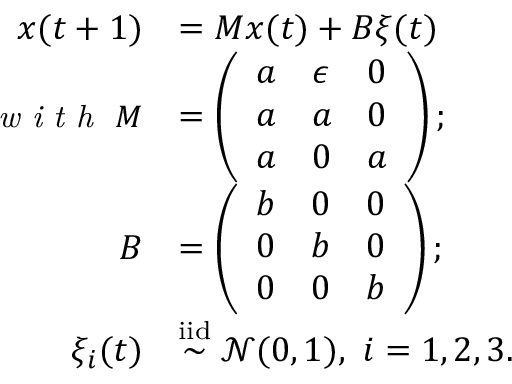
\begin{array} { r l } { \boldsymbol { x } ( t + 1 ) } & { = \boldsymbol { M } \boldsymbol { x } ( t ) + \boldsymbol { B } \boldsymbol { \xi } ( t ) } \\ { \small { \textit { w i t h } } ~ \boldsymbol { M } } & { = \left( \begin{array} { l l l } { a } & { \epsilon } & { 0 } \\ { a } & { a } & { 0 } \\ { a } & { 0 } & { a } \end{array} \right) ; } \\ { \boldsymbol { B } } & { = \left( \begin{array} { l l l } { b } & { 0 } & { 0 } \\ { 0 } & { b } & { 0 } \\ { 0 } & { 0 } & { b } \end{array} \right) ; } \\ { \xi _ { i } ( t ) } & { \overset { \mathrm { i i d } } { \sim } \mathcal { N } ( 0 , 1 ) , ~ i = 1 , 2 , 3 . } \end{array}